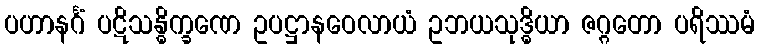
ပဟာနင်္ဂံ ပဋိသန္ဓိက္ခဏေ ဥပဋ္ဌာနဝေလာယံ ဥဘယသုဒ္ဓိယာ ဇဂ္ဂတော ပရိဿမံ